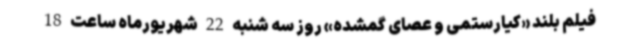
فیلم بلند «کیارستمی و عصای گمشده» روز سه شنبه 22 شهریورماه ساعت 18